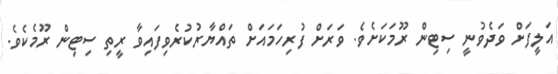
އަލީފަށް ވަދެވުނީ ސިޓިން ރޫމަކަށެވެ. ވަރަށް ފުރިހަމައަށް ތައްޔާރުކުރެވިފައިވާ ރީތި ސިޓިން ރޫމެކެވެ.